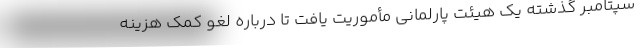
سپتامبر گذشته یک هیئت پارلمانی مأموریت یافت تا درباره لغو کمک هزینه